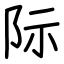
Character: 际